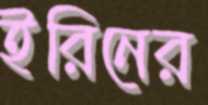
ইরিনের